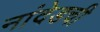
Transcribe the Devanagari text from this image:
नांदेडची